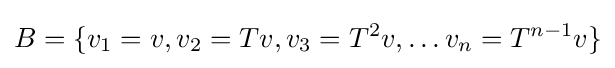
B=\{v_{1}=v,v_{2}=Tv,v_{3}=T^{2}v,\ldots v_{n}=T^{n-1}v\}